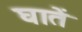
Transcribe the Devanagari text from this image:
घातें